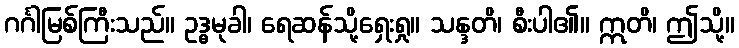
ဂင်္ဂါမြစ်ကြီးသည်။ ဥဒ္ဓမုခါ၊ ရေဆန်သို့ရှေးရှု။ သန္ဒတိ၊ စီးပါ၏။ ဣတိ၊ ဤသို့။